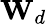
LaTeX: \mathbf{W}_{d}